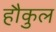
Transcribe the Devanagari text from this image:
हौकुल